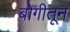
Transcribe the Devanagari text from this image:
बोगीतून